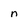
Character: n